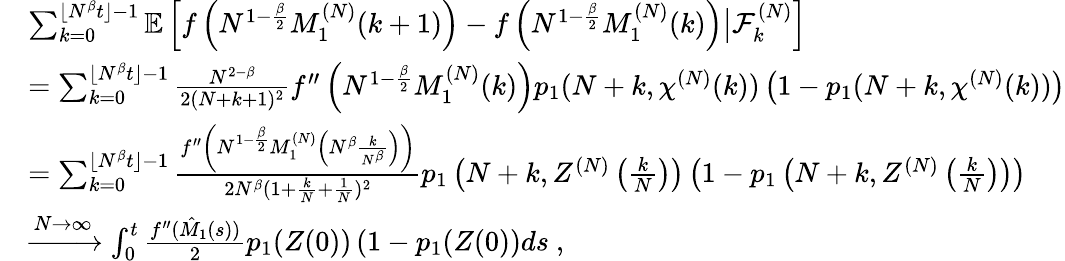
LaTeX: \begin{array}{rl}&{\sum_{k=0}^{\lfloor N^{\beta}t\rfloor-1}\mathbb{E}\left[f\left(N^{1-\frac{\beta}{2}}M_{1}^{(N)}(k+1)\right)-f\left(N^{1-\frac{\beta}{2}}M_{1}^{(N)}(k)\right)\big|\mathcal{F}_{k}^{(N)}\right]}\\ &{=\sum_{k=0}^{\lfloor N^{\beta}t\rfloor-1}\frac{N^{2-\beta}}{2(N+k+1)^{2}}f^{\prime\prime}\left(N^{1-\frac{\beta}{2}}M_{1}^{(N)}(k)\right)p_{1}(N+k,\chi^{(N)}(k))\left(1-p_{1}(N+k,\chi^{(N)}(k))\right)}\\ &{=\sum_{k=0}^{\lfloor N^{\beta}t\rfloor-1}\frac{f^{\prime\prime}\left(N^{1-\frac{\beta}{2}}M_{1}^{(N)}\left(N^{\beta}\frac{k}{N^{\beta}}\right)\right)}{2N^{\beta}(1+\frac{k}{N}+\frac{1}{N})^{2}}p_{1}\left(N+k,Z^{(N)}\left(\frac{k}{N}\right)\right)\left(1-p_{1}\left(N+k,Z^{(N)}\left(\frac{k}{N}\right)\right)\right)}\\ &{\xrightarrow{N\to\infty}\int_{0}^{t}\frac{f^{\prime\prime}(\hat{M}_{1}(s))}{2}p_{1}(Z(0))\left(1-p_{1}(Z(0)\right)ds\ ,}\end{array}